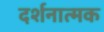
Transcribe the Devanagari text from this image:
दर्शनात्मक